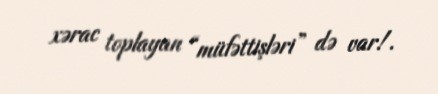
xərac toplayan “müfəttişləri” də var!.